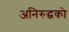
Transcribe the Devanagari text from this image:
अनिरुद्धको